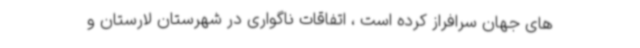
های جهان سرافراز کرده است ، اتفاقات ناگواری در شهرستان لارستان و